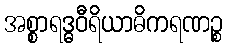
အစ္စာရဒ္ဓဝီရိယာဓိကရဏဉ္စ